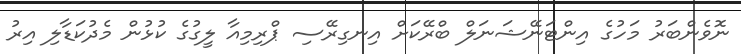
ނޮވެންބަރު މަހުގެ އިންޓަނޭޝަނަލް ބްރޭކަށް އިނގިރޭސި ޕްރިމިއާ ލީގުގެ ކުޅުން މެދުކަޑާލި އިރު